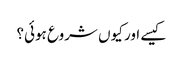
کیسے اور کیوں شروع ہوئی؟